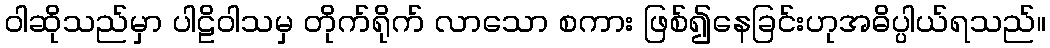
ဝါဆိုသည်မှာ ပါဠိဝါသမှ တိုက်ရိုက် လာသော စကား ဖြစ်၍နေခြင်းဟုအဓိပ္ပါယ်ရသည်။